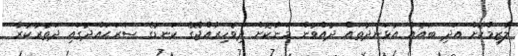
ލާޒިމްކޮށް އަދި ބައެއް އުޅަނދުތައް ދުއްވުން މަނާކޮށް ދިވެހިރާއްޖޭގެ ކަނޑުގެ ސަރަޙައްދުގައި ދަތުރުކުރާ